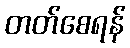
တတ်စေရန်